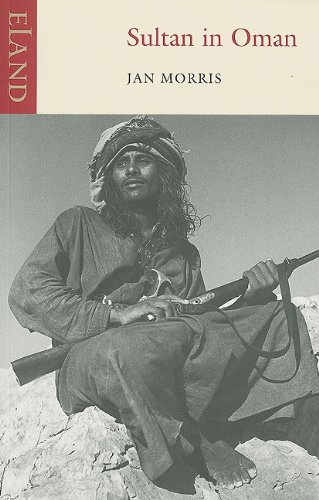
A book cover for Sultan in Oman; Jan Morris; History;